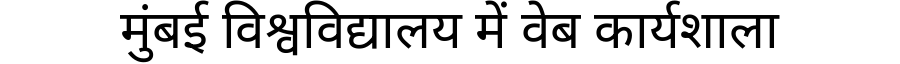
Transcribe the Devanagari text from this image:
मुंबई विश्वविद्यालय में वेब कार्यशाला